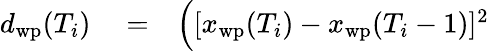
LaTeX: \begin{array}{rlr}{d_{\mathrm{wp}}(T_{i})}&{{}=}&{\Big([x_{\mathrm{wp}}(T_{i})-x_{\mathrm{wp}}(T_{i}-1)]^{2}}\end{array}